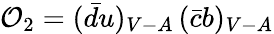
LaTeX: {\cal O}_{2}=(\bar{d}u)_{V-A}\, (\bar{c}b)_{V-A}